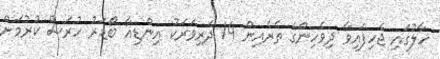
ހާލުގައި ޖެހިފައިވާ ދިވެހިންގެ ތެރެއިން 14 ދަރިވަރަކު އިންޑިއާ ބޯޑަރު ހުރަސް ކުރުމަށް